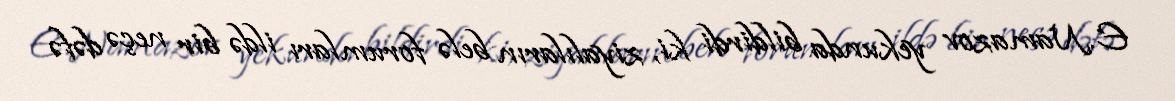
E.Namazov yekunda bildirdi ki, ziyalıların belə forumları ildə bir neçə dəfə